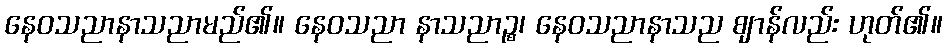
နေဝသညာနာသညာမည်၏။ နေဝသညာ နာသညာဉ္စ၊ နေဝသညာနာသည ဈာန်လည်း ဟုတ်၏။